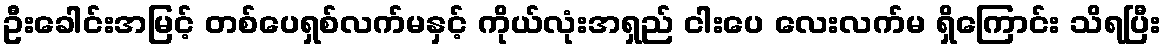
ဦးခေါင်းအမြင့် တစ်ပေရှစ်လက်မနှင့် ကိုယ်လုံးအရှည် ငါးပေ လေးလက်မ ရှိကြောင်း သိရပြီး